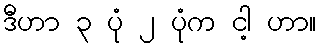
ဒီဟာ ၃ ပုံ ၂ ပုံက ငါ့ ဟာ။